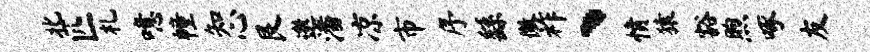
北匹札噫幢知心艮邀潘凉市序繇徽祚丶愤猿豁煦啄友